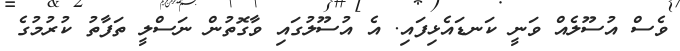
ވެސް އުސޫލެއް ވަނީ ކަނޑައެޅިފައި. އެ އުސޫލުގައި ވާގޮތުން ނަސްލީ ތަފާތު ކުރުމުގެ